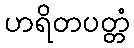
ဟရိတပတ္တံ